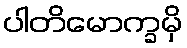
ပါတိမောက္ခမှိ